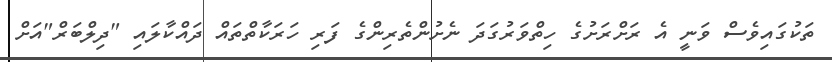
ތަކުގައިވެސް ވަނީ އެ ރަށްރަށުގެ ހިތްވަރުގަދަ ނެށުންތެރިންގެ ފަރި ހަރަކާތްތައް ދައްކާލައި "ދިލްބަރް"އަށް